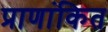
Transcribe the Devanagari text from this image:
प्राणांकित